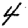
Digit: 4